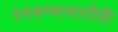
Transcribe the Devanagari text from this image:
रंगवण्यासाठीही